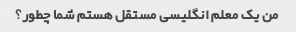
من یک معلم انگلیسی مستقل هستم شما چطور؟